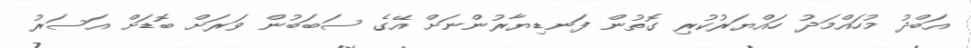
އަބްދު މުހައްމަދު ހައްޔަރުކުރި ގޮތުން ފަނޑިޔާރުންނަށް އޭގެ ސަބަބުން ވަރަށް ބޮޑަށް އަސަރު